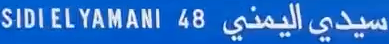
SIDI EL YAMANI 48